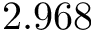
2 . 9 6 8